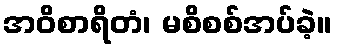
အဝိစာရိတံ၊ မစိစစ်အပ်ခဲ့။